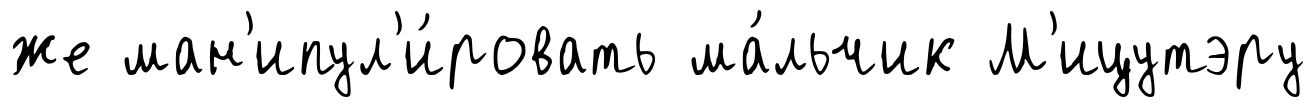
же ман'ипул'и́ровать ма́льчик М'ицутэру